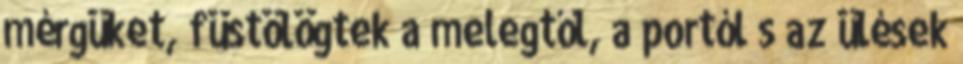
mérgüket, füstölögtek a melegtől, a portól s az ülések